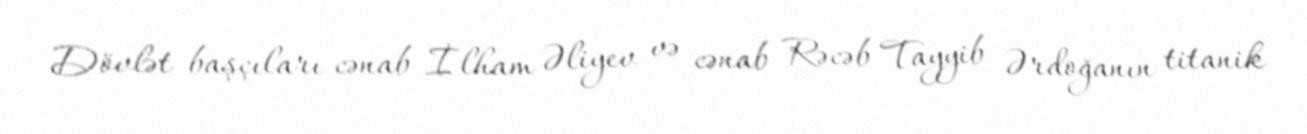
Dövlət başçıları cənab İlham Əliyev və cənab Rəcəb Tayyib Ərdoğanın titanik